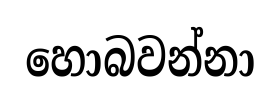
හොබවන්නා